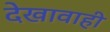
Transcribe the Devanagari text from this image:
देखावाही